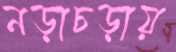
নড়াচড়ায়